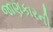
જાણકારની